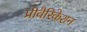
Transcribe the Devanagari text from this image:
प्रीवैरिकेशन